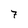
Character: 7